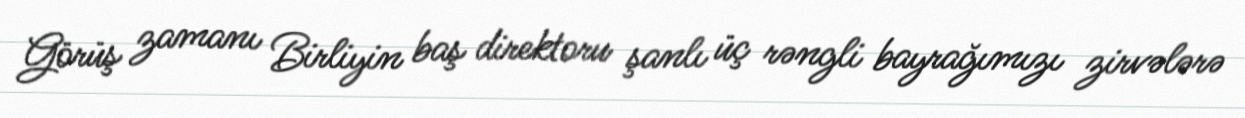
Görüş zamanı Birliyin baş direktoru şanlı üç rəngli bayrağımızı zirvələrə